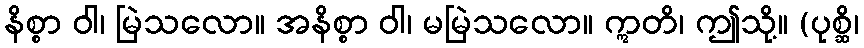
နိစ္စာ ဝါ၊ မြဲသလော။ အနိစ္စာ ဝါ၊ မမြဲသလော။ ဣတိ၊ ဤသို့။ (ပုစ္ဆိ၊